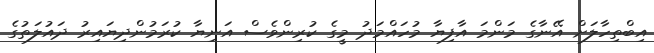
އިބްތިހާލަށް އޭނާގެ މަންމަ އާފިޔާ މުހައްމަދު މީގެ ކުރިންވެސް އަނިޔާ ކުރަމުންދިޔައިރު ދައުލަތުގެ